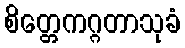
စိတ္တေကဂ္ဂတာသုခံ